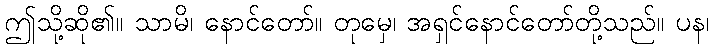
ဤသို့ဆို၏။ သာမိ၊ နောင်တော်။ တုမှေ၊ အရှင်နောင်တော်တို့သည်။ ပန၊